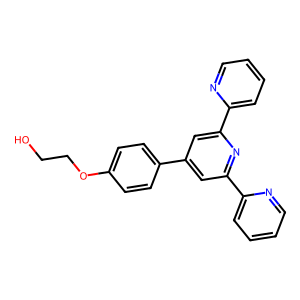
SMILES: OCCOc1ccc(-c2cc(-c3ccccn3)nc(-c3ccccn3)c2)cc1
Inhibits HIV replication: No